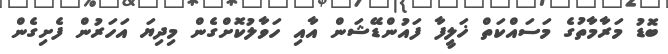
ބޮޑު މަރާމާތުގެ މަސައްކަތް ޚަލީފާ ފައުންޑޭޝަން އާއި ހަވާލުކޮށްގެން މިދިޔަ އަހަރުން ފެށިގެން